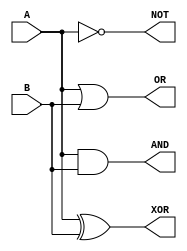
module LOGICunit(
A,B,AND,OR,XOR,NOT);
input [15:0] A,B;
output [15:0] AND,OR,XOR,NOT;

assign AND = A&B;
assign OR = A|B;
assign NOT = ~A;
assign XOR = A^B;

endmodule